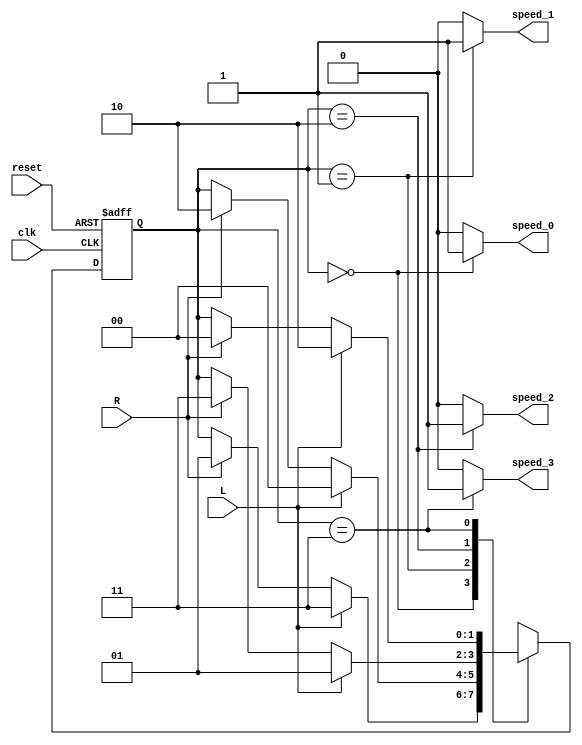
`timescale 1ns/1ps

module vdfsm(input clk,input reset, input L, input R, output speed_0,
	     output speed_1 ,output speed_2 ,output speed_3);

parameter S0=2'b00, S1=2'b01, S2= 2'b10, S3= 2'b11 ;
reg [1:0]state; reg [1:0]next_state;



always @(*)begin

	case(state)
		S0:begin if(L)next_state=S3; else if(R) next_state=S1; else next_state= state; end
		S1:begin if(L)next_state=S0; else if(R) next_state=S2; else next_state= state; end
		S2:begin if(L)next_state=S1; else if(R) next_state=S3; else next_state= state; end
		S3:begin if(L)next_state=S2; else if(R) next_state=S0; else next_state= state; end
	endcase
	
end

	



always @(posedge clk, posedge reset)begin

	if(reset)state<=S0;

	else state<= next_state;
end


assign speed_0= (state==S0)?1:0;
assign speed_1= (state==S1)?1:0;
assign speed_2= (state==S2)?1:0;
assign speed_3= (state==S3)?1:0;


endmodule